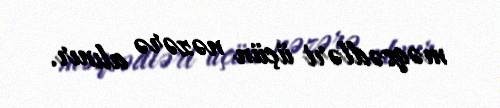
məqsədləri üçün nəzərə alınır.